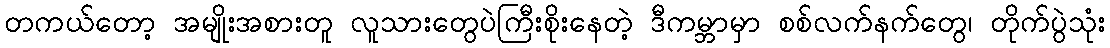
တကယ်တော့ အမျိုးအစားတူ လူသားတွေပဲကြီးစိုးနေတဲ့ ဒီကမ္ဘာမှာ စစ်လက်နက်တွေ၊ တိုက်ပွဲသုံး